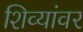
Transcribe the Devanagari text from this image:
शिव्यांवर